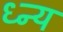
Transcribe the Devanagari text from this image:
ध्न्य